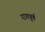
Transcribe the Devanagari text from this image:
रागपूर्ण